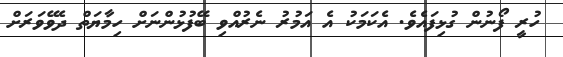
ހުރީ ފޯނުން ގުޅިފައެވެ. އެކަމަކު އެ އަމުރު ނެރުއްވި ބޭފުޅުންނަށް ހިމާޔަތް ދެވޭވަރަށް